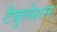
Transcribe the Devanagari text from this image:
टैबुलेशन